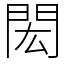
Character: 閎